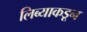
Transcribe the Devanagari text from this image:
लिब्याकडून